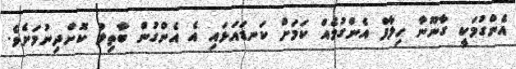
އެންގުމަކީ ގާނޫނާ ހިލާފް އެންގުމެއް ކަމަށް ކަނޑައަޅައި އެ އެންގުން ބާތިލް ކޮށްދިނުމަށެވެ.